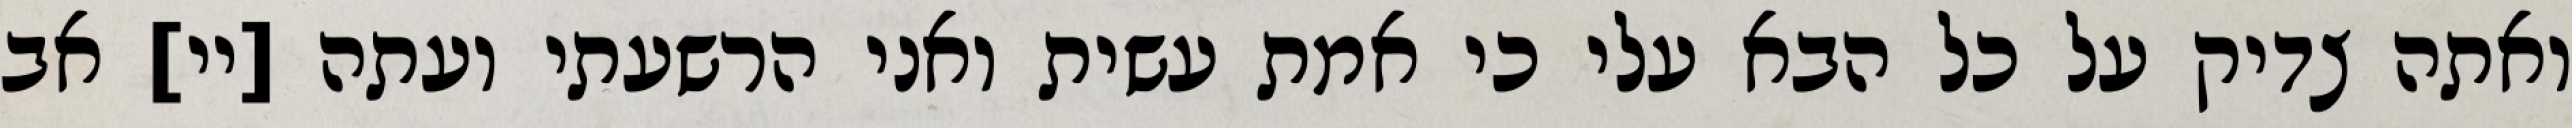
ואתה צדיק על כל הבא עלי כי אמת עשית ואני הרשעתי ועתה [יי] אב